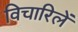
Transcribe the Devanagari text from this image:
विचारिलें